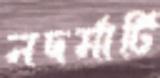
নদর্মাটি